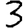
Digit: 3